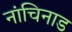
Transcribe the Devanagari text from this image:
नांचिनाड